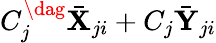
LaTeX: {C_{j}^{\dag}{\bar{\mathbf X}}_{ji}+C_{j}{\bar{\mathbf Y}}_{ji}}